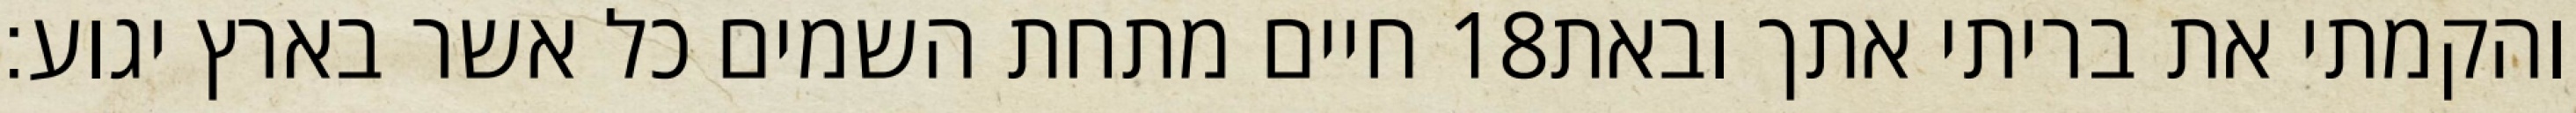
חיים מתחת השמים כל אשר בארץ יגוע׃ ‎18‏ והקמתי את בריתי אתך ובאת